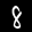
Label: 8